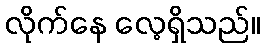
လိုက်နေ လေ့ရှိသည်။